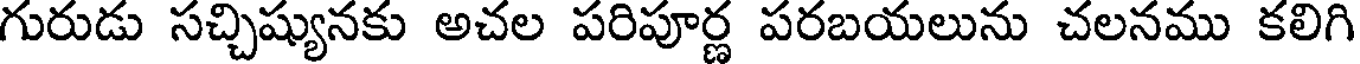
గురుడు సచ్చిష్యునకు అచల పరిపూర్ణ పరబయలును చలనము కలిగి